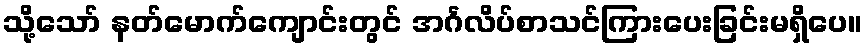
သို့သော် နတ်မောက်ကျောင်းတွင် အင်္ဂလိပ်စာသင်ကြားပေးခြင်းမရှိပေ။